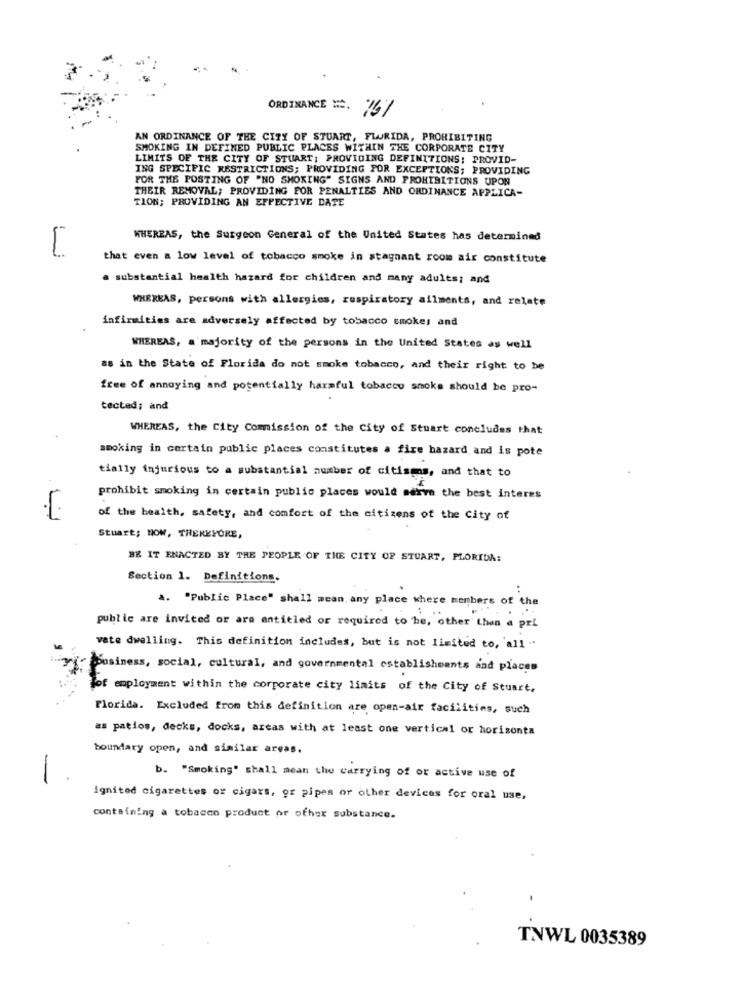
ORDINANCE =. 76%
AN ORDINANCE OF THE CITY OF STUART, FLORIDA, PROHIBITING
SMOKING IN DEFINED PUBLIC PLACES WITHIN THE CORPORATE CITY
LIMITS OF THE CITY OF STUART; PROVIDING DEFINITIONS: PROVID-
ING SPECIFIC RESTRICTIONS; PROVIDING POR EXCEPTIONS; PROVIDING
FOR THE POSTING OF "NO SMOKING" SIGNS AND PROHIBITIONS UPON
THEIR REMOVAL; PROVIDING FOR PENALTIES AND ORDINANCE APPLICA-
TION; PROVIDING AN EFFECTIVE DATE
WHEREAS, the Surgeon General of the United States has determined
that even a low level of tobacco smoke in stagnant room air constitute
a substantial health hazard for children and many adults; and
WHEREAS, persons with allergies, respiratory ailments, and relate
infirmities are adversely affected by tobacco smokes and
WHEREAS, a majority of the persons in the United States as well
as in the State of Florida do not smoke tobacco, and their right to be
free of annoying and potentially harmful tobacco smoke should be pro-
tected; and
WHEREAS, the City Commission of the City of Stuart concludes that
smoking in certain public places constitutes a fire hazard, and is pote
tially injurious to a substantial number of citisens, and that to
prohibit smoking in certain public places would serve the best interes
of the health, safety, and comfort of the citizens of the City of
Stuart; NOW, THEREFORE,
BE IT ENACTED BY THE PEOPLE OF THE CITY OF STUART, PLORIDA:
Section 1. Definitions.
a. "Public Place" shall wean any place where members of the
public are invited or are entitled or required to be, other than a pri
vate dwelling. This definition includes, but is not limited to, all "
poosiness, social, cultural, and governmental establishments and places
of employment within the corporate city limits of the City of Stuart,
Florida. Excluded from this definition are open-air facilities, such
as patios, decks, docks, areas with at least one vertical or horizonta
boundary open, and similar areas.
-
b. "Smoking" shall mean the carrying of or active use of
ignited cigarettes or cigars, gr pipes or other devices for oral use,
containing a tobacco product or other substance.
TNWL 0035389